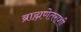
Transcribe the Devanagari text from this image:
ब्राह्मणेतराशी